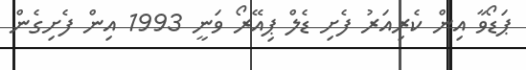
ޕަޑޯވާ އިން ކެރިއަރު ފެށި ޑެލް ޕިއޭރޯ ވަނީ 1993 އިން ފެށިގެން